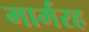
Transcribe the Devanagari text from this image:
मार्मरह